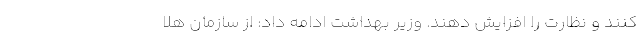
کنند و نظارت را افزایش دهند. وزیر بهداشت ادامه داد: از سازمان هلا